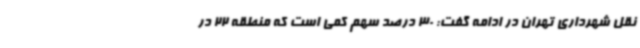
نقل شهرداری تهران در ادامه گفت: 30 درصد سهم کمی است که منطقه 22 در